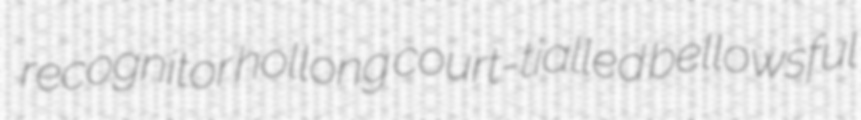
recognitor hollong court-tialled bellowsful